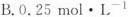
B.0.25mol·L^{-1}